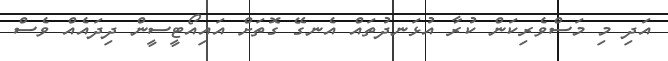
އަދި މި މަސްވެރިކަން ކުރާ އުޅަނދުތައް އެނގޭ ގޮތަށް އައިއޯޓީސީން ދިދައެއް ވެސް